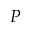
P